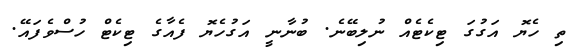
ތި ހެޔޮ އަގުގަ ޓިކެޓެއް ނުލިބޭނެ. ބުނާނީ އަގުހެޔޮ ފެއާގެ ޓިކެޓް ހުސްވެފައޭ.